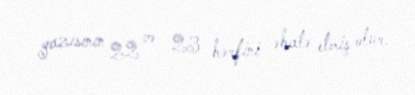
yazısının 22 və 23 hərfini əhatə etmiş olur.